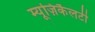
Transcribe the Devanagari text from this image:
म्यूज़िकैलटी